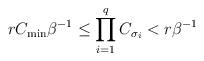
LaTeX: \begin{align*}r C_{\min}{\beta}^{-1}&\leq \prod_{i=1}^{q}C_{\sigma_i}< r{\beta}^{-1}\end{align*}